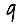
Digit: 9